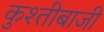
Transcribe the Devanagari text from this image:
कुश्तीबाजी